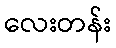
လေးတန်း